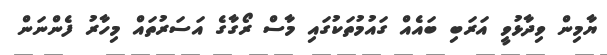
ޔާމިން ވިދާޅުވީ އަރަބި ބައެއް ގައުމުތަކުގައި މާސް ރޯގާގެ އަސަރުތައް މިހާރު ފެންނަން